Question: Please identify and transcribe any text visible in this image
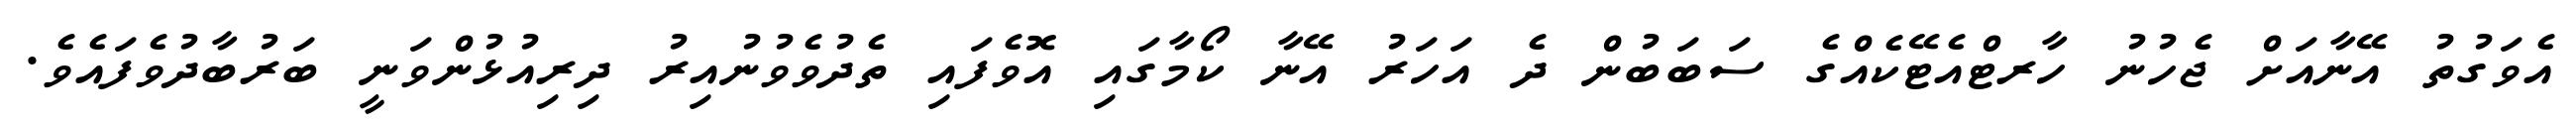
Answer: އެވަގުތު އޭނާއަށް ޖެހުނު ހާރޓްއެޓޭކެއްގެ ސަބަބުން ދެ އަހަރު އޭނާ ކޯމާގައި އޮވެފައި ތެދުވެވުނުއިރު ދިރިއުޅުންވަނީ ބަރުބާދުވެފައެވެ.